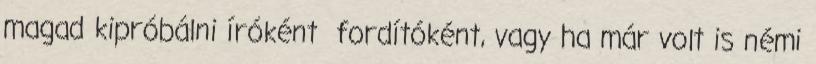
magad kipróbálni íróként fordítóként, vagy ha már volt is némi